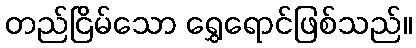
တည်ငြိမ်သော ရွှေရောင်ဖြစ်သည်။